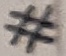
Text: #